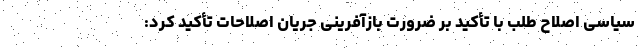
سیاسی اصلاح طلب با تأکید بر ضرورت بازآفرینی جریان اصلاحات تأکید کرد: